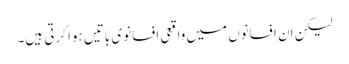
لیکن ان افسانوں میں واقعی افسانوی باتیں ہوا کرتی ہیں۔